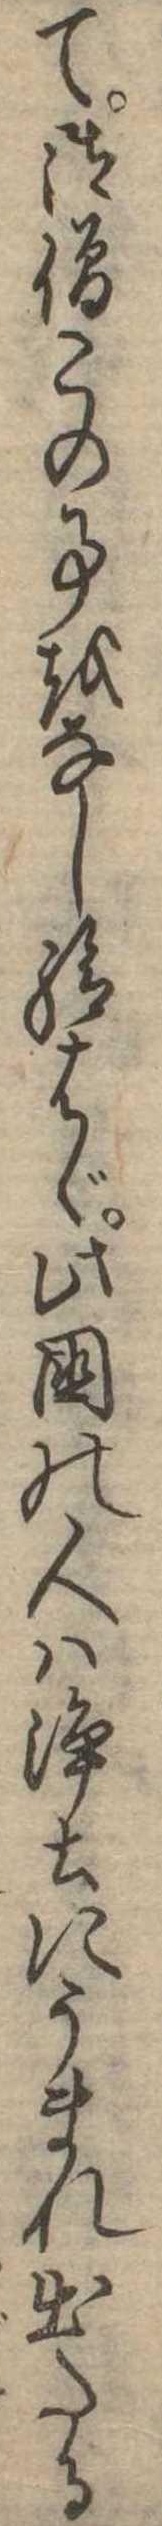
て御僧この事をなし給はゞ此国の人は浄土にうまれ出たる